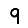
Digit: 9